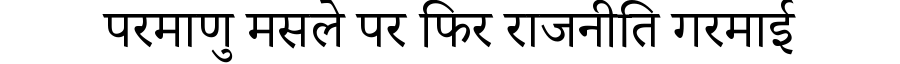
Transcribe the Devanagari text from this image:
परमाणु मसले पर फिर राजनीति गरमाई